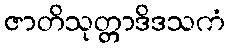
ဇာတိသုတ္တာဒိဒသကံ